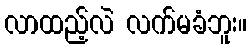
လာထည့်လဲ လက်မခံဘူး။